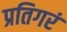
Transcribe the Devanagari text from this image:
प्रतिगरं